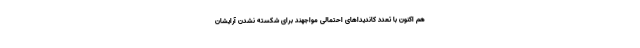
هم اکنون با تعدد کاندیداهای احتمالی مواجهند برای شکسته نشدن آرایشان